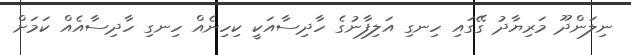
ނިލަންދޫ މަރިޔާދު ގޭގައި ހިނގި އަލިފާނުގެ ހާދިސާއަކީ ކިހިނެއް ހިނގި ހާދިސާއެއް ކަމަށް